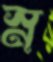
স্ন